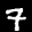
Label: 7